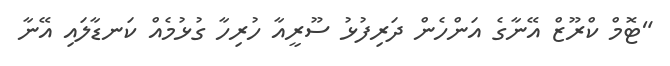
"ޓޮމް ކްރޫޒް އޭނާގެ އަންހެން ދަރިފުޅު ސޫރީއާ ހުރިހާ ގުޅުމެއް ކަނޑާލައި އޭނާ